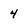
Character: 4